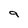
Character: 9